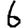
Digit: 6